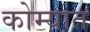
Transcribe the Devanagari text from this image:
कोम्यात